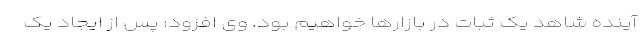
آینده شاهد یک ثبات در بازارها خواهیم بود. وی افزود: پس از ایجاد یک